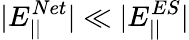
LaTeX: |E_{||}^{Net}|\ll|E_{||}^{ES}|